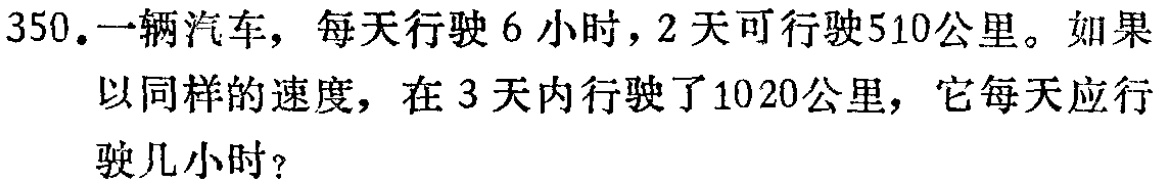
350.一辆汽车，每天行驶6小时，2天可行驶510公里。如果以同样的速度，在3天内行驶了1020公里，它每天应行驶几小时？